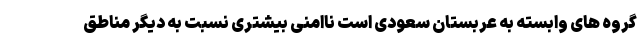
گروه های وابسته به عربستان سعودی است ناامنی بیشتری نسبت به دیگر مناطق